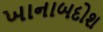
ખાનાબદોશ